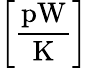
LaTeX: \left[\frac{\mathrm{pW}}{\mathrm{K}}\right]